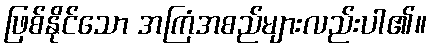
ဖြစ်နိုင်သော အကြံအစည်များလည်းပါ၏။